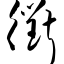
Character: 衢